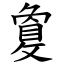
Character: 敻